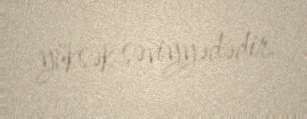
yüksək səviyyədədir.